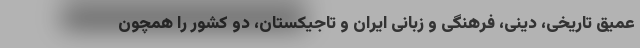
عمیق تاریخی، دینی، فرهنگی و زبانیِ ایران و تاجیکستان، دو کشور را همچون